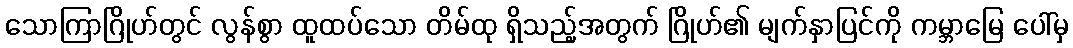
သောကြာဂြိုဟ်တွင် လွန်စွာ ထူထပ်သော တိမ်ထု ရှိသည့်အတွက် ဂြိုဟ်၏ မျက်နှာပြင်ကို ကမ္ဘာမြေ ပေါ်မှ